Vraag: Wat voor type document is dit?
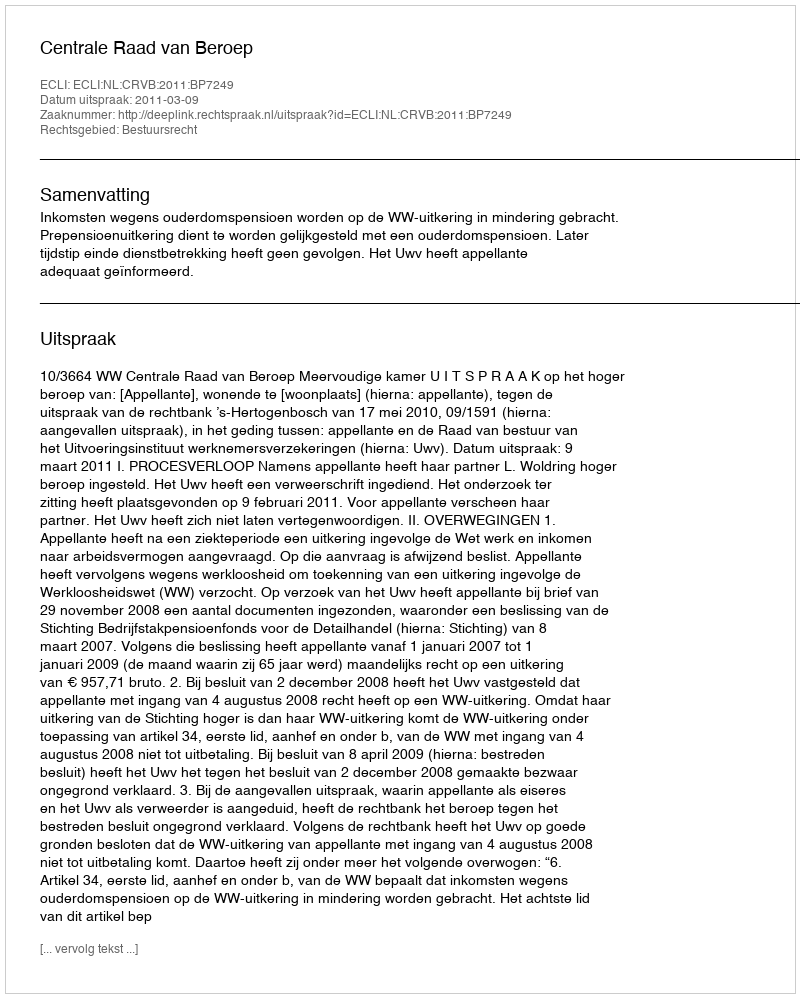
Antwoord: Uitspraak